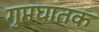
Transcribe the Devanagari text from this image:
गुप्तघातक